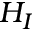
H _ { I }